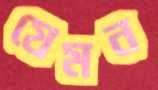
যেমন